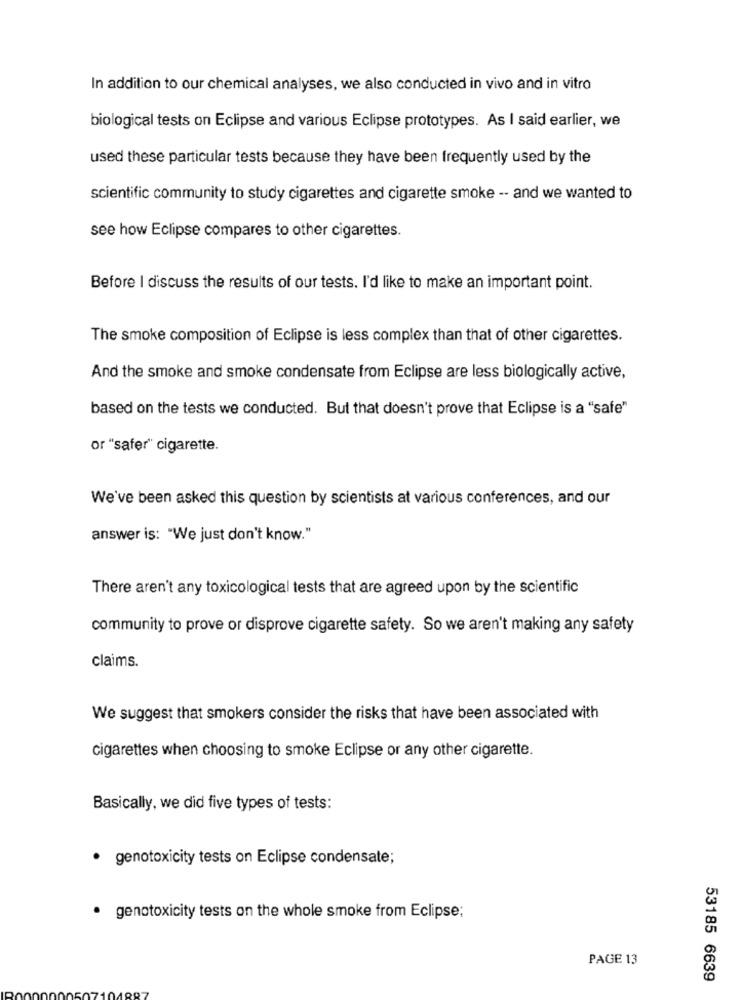
In addition to our chemical analyses, we also conducted in vivo and in vitro
biological tests on Eclipse and various Eclipse prototypes. As I said earlier, we
used these particular tests because they have been frequently used by the
scientific community to study cigarettes and cigarette smoke -- and we wanted to
see how Eclipse compares to other cigarettes.
Before I discuss the results of our tests. I'd like to make an important point.
The smoke composition of Eclipse is less complex than that of other cigarettes.
And the smoke and smoke condensate from Eclipse are less biologically active,
based on the tests we conducted. But that doesn't prove that Eclipse is a "safe"
or "safer" cigarette.
We've been asked this question by scientists at various conferences, and our
answer is: "We just don't know."
There aren't any toxicological tests that are agreed upon by the scientific
community to prove or disprove cigarette safety. So we aren't making any safety
claims.
We suggest that smokers consider the risks that have been associated with
cigarettes when choosing to smoke Eclipse or any other cigarette.
Basically, we did five types of tests:
· genotoxicity tests on Eclipse condensate;
· genotoxicity tests on the whole smoke from Eclipse;
PAGE 13
53185 6639